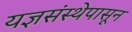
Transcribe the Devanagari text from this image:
यज्ञसंस्थेपासून